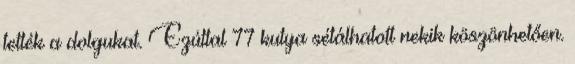
tették a dolgukat. Ezúttal 77 kutya sétálhatott nekik köszönhetően.